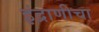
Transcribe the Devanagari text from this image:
इंद्राणीचा